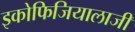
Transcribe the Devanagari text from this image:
इकोफिजियालाजी